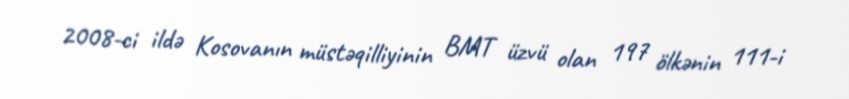
2008-ci ildə Kosovanın müstəqilliyinin BMT üzvü olan 197 ölkənin 111-i